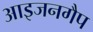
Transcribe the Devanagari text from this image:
आइजनगैप